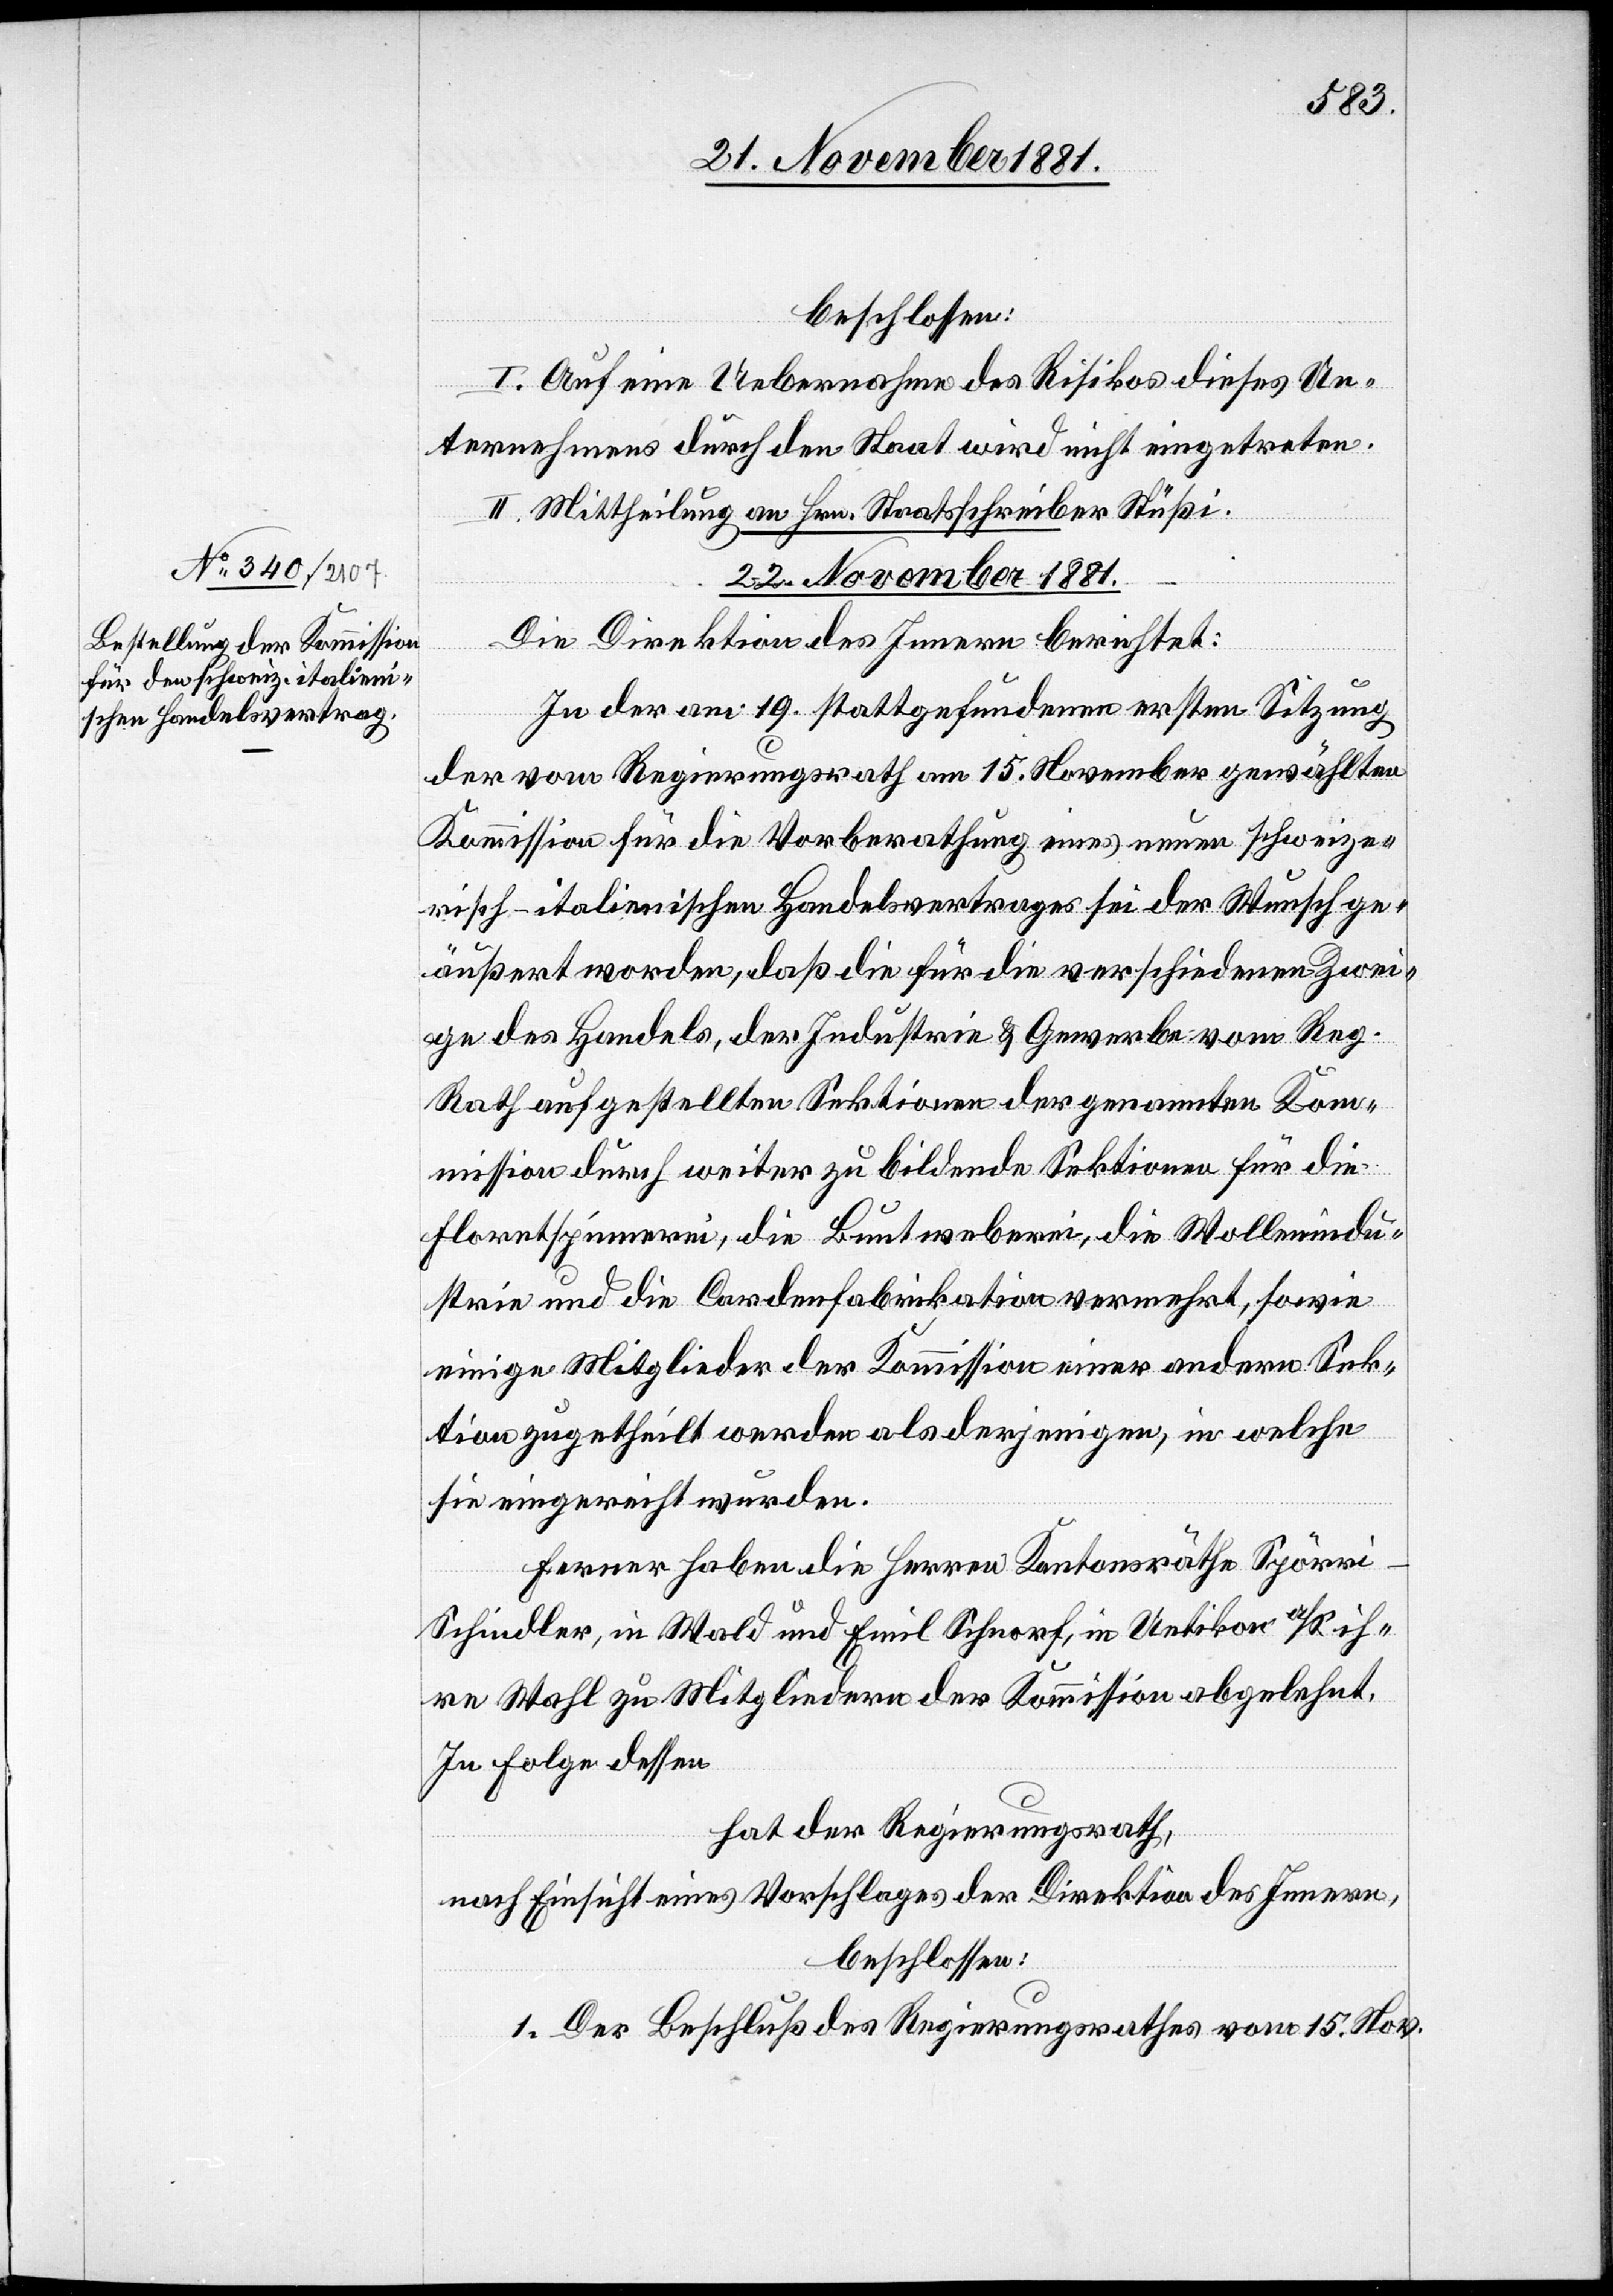
22. November 1881.
beschlossen:
I. Auf eine Uebernahme des Risikos dieses Un¬
ternehmens durch den Staat wird nicht eingetreten.
II. Mittheilung an Hrn. Staatsschreiber Stüßi.
Die Direktion des Innern berichtet:
In der am 19. stattgefundenen ersten Sitzung
der vom Regierungsrath am 15. November gewählten
Kommission für die Vorberathung eines neuen schweize¬
risch-italienischen Handelsvertrages sei der Wunsch ge¬
äußert worden, daß die für die verschiedenen Zwei¬
ge des Handels, der Industrie & Gewerbe vom Reg.
Rath aufgestellten Sektionen der genannten Ko¬
mmission durch weiter zu bildende Sektionen für die
Floretspinnerei, die Buntweberei, die Wollenindu¬
strie und die Cordenfabrikation vermehrt, sowie
einige Mitglieder der Kommission einer andern Sek¬
tion zugetheilt werden als derjenigen, in welche
sie eingereiht wurden.
Ferner haben die Herren Kantonsräthe Spörr¬
i-Schindler, in Wald und Emil Schnorf, in Uetikon a/S. ih¬
re Wahl zu Mitgliedern der Kommission abgelehnt.
In Folge dessen
hat der Regierungsrath,
nach Einsicht eines Voraschlages der Direktion des Innern,
beschlossen:
1. Der Beschluß des Regierungsrathes vom 15. Nov.